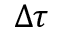
\Delta \boldsymbol { \tau }